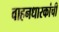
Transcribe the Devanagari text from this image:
वाहनधारकांची